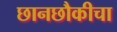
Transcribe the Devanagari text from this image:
छानछौकीचा